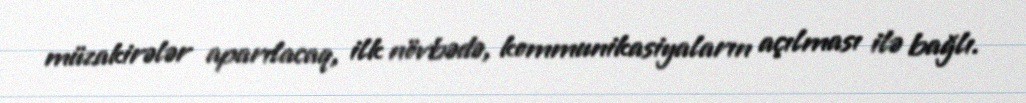
müzakirələr aparılacaq, ilk növbədə, kommunikasiyaların açılması ilə bağlı.